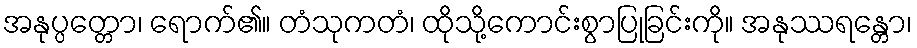
အနုပ္ပတ္တော၊ ရောက်၏။ တံသုကတံ၊ ထိုသို့ကောင်းစွာပြုခြင်းကို။ အနုဿရန္တော၊